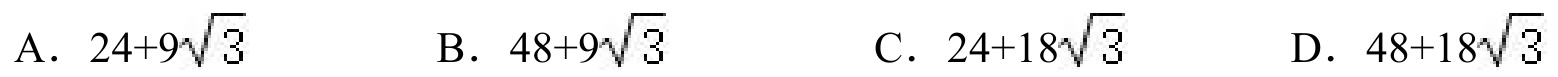
A．\(24 + 9\sqrt{3}\)  B．\(48 + 9\sqrt{3}\)  C．\(24 + 18\sqrt{3}\)  D．\(48 + 18\sqrt{3}\)